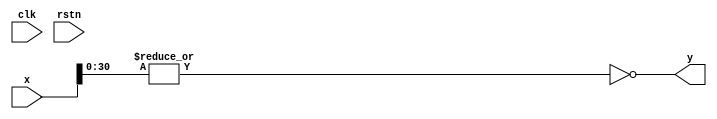
`default_nettype none

module fiszero (
    input wire [31:0] x,
    output wire y,
    input wire clk,
    input wire rstn);

assign y = ~(|x[30:0]);
endmodule

module fispos (
    input wire [31:0] x,
    output wire y,
    input wire clk,
    input wire rstn);

assign y = (~x[31] && |x);
endmodule

module fisneg (
    input wire [31:0] x,
    output wire y,
    input wire clk,
    input wire rstn);

assign y = (x[31] && |x[30:0]);
endmodule

`default_nettype wire